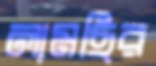
লামছির